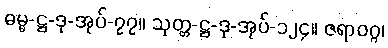
ဓမ္မ-ဋ္ဌ-ဒု-အုပ်-၇၇။ သုတ္တ-ဋ္ဌ-ဒု-အုပ်-၁၂၄။ ဇရာဝဂ္ဂ၊